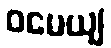
ဝမေယျ